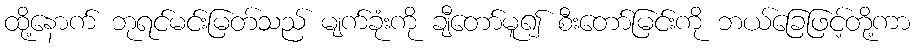
ထို့နောက် ဘုရင်မင်းမြတ်သည် မျက်ခုံးကို ချီတော်မူ၍ စီးတော်မြင်းကို ဘယ်ခြေဖြင့်တို့ကာ